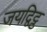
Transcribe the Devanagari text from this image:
जयद्विट्ठ